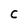
Character: C